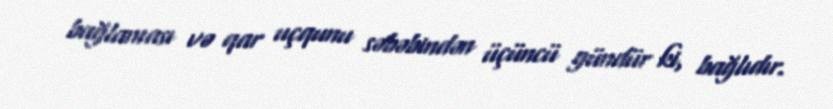
bağlaması və qar uçqunu səbəbindən üçüncü gündür ki, bağlıdır.